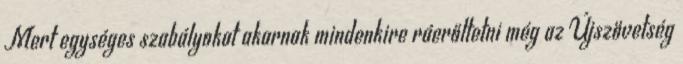
Mert egységes szabályokat akarnak mindenkire ráerőltetni még az Újszövetség